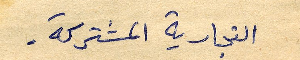
التجارية المشتركة.